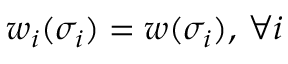
w _ { i } ( \sigma _ { i } ) = w ( \sigma _ { i } ) , \, \forall i